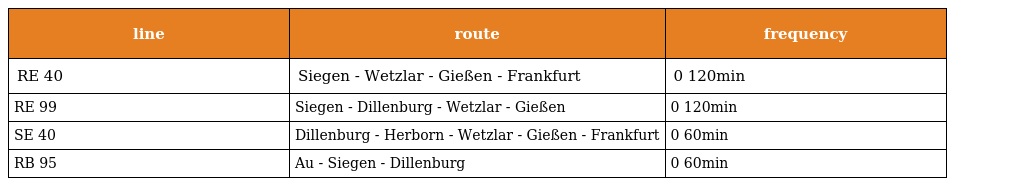
| line | route | frequency |
 | --- | --- | --- |
 | RE 40 | Siegen - Wetzlar - Gießen - Frankfurt | 0 120min |
 | RE 99 | Siegen - Dillenburg - Wetzlar - Gießen | 0 120min |
 | SE 40 | Dillenburg - Herborn - Wetzlar - Gießen - Frankfurt | 0 60min |
 | RB 95 | Au - Siegen - Dillenburg | 0 60min |